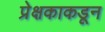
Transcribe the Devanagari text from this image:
प्रेक्षकाकडून